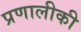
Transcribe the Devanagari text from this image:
प्रणालीकी